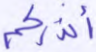
أنذركم